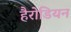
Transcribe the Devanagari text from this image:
हैरोडियन